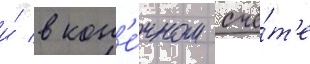
и́ в кон'е́чном счё́т'е